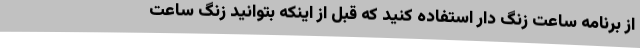
از برنامه ساعت زنگ دار استفاده کنید که قبل از اینکه بتوانید زنگ ساعت